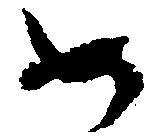
如